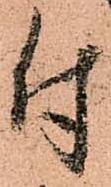
付